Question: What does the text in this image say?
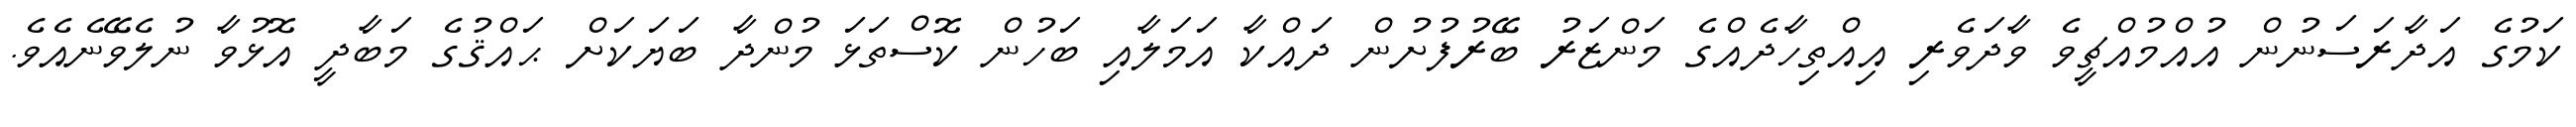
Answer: ކަމުގެ އަދާރަސަނުން އުއްމުއްޗީވެ ވާދަވެރި އިއްތިހާދެއްގެ މަންޒަރު ބޭރުފުށުން ދައްކާ އަމަލާއި ބަހުން ކޮސްތަޅަ މުންދާ ބަޔަކަށް ޙައްޤުގެ މަބާދީ އޮޅުވާ ނުލެވޭނެއެވެ.